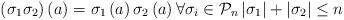
LaTeX: \begin{align*}\left( \sigma _{1}\sigma _{2}\right) \left( a\right) =\sigma _{1}\left(a\right) \sigma _{2}\left( a\right) \forall \sigma _{i}\in \mathcal{P}_{n}\left\vert \sigma _{1}\right\vert +\left\vert \sigma_{2}\right\vert \leq n\end{align*}